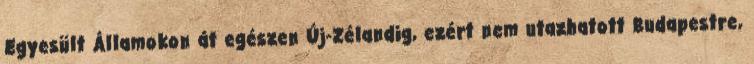
Egyesült Államokon át egészen Új-Zélandig, ezért nem utazhatott Budapestre,